Civil Veterinary Department. Madras. Admin. report 1926-33 - 1926-1933
Year: 1926
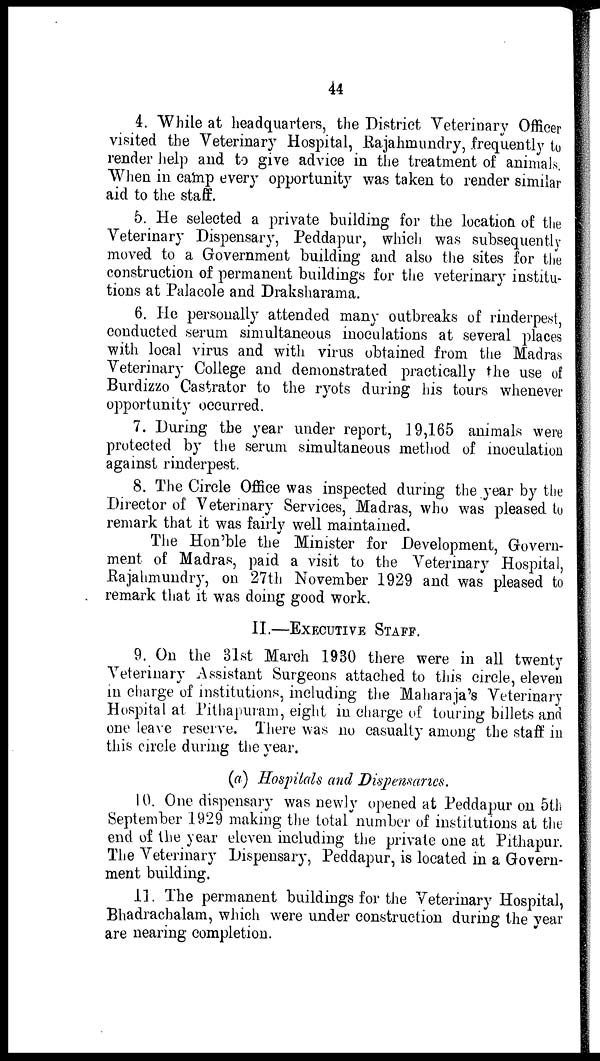
44
4. While at headquarters, the District Veterinary Officer
visited the Veterinary Hospital, Rajahmundry, frequently to
render help and to give advice in the treatment of animals.
When in camp every opportunity was taken to render similar
aid to the staff.
5. He selected a private building for the location of the
Veterinary Dispensary, Peddapur, which was subsequently
moved to a Government building and also the sites for the
construction of permanent buildings for the veterinary institu-
tions at Palacole and Draksharama.
6. He personally attended many outbreaks of rinderpest,
conducted serum simultaneous inoculations at several places
with local virus and with virus obtained from the Madras
Veterinary College and demonstrated practically the use of
Burdizzo Castrator to the ryots during his tours whenever
opportunity occurred.
7. During the year under report, 19,165 animals were
protected by the serum simultaneous method of inoculation
against rinderpest.
8. The Circle Office was inspected during the year by the
Director of Veterinary Services, Madras, who was pleased to
remark that it was fairly well maintained.
The Hon'ble the Minister for Development, Govern-
ment of Madras, paid a visit to the Veterinary Hospital,
Rajahmundry, on 27th November 1929 and was pleased to
remark that it was doing good work.
II.—EXECUTIVE STAFF.
9. On the 31st March 1930 there were in all twenty
Veterinary Assistant Surgeons attached to this circle, eleven
in charge of institutions, including the Maharaja's Veterinary
Hospital at Pithapuram, eight in charge of touring billets and
one leave reserve. There was no casualty among the staff in
this circle during the year.
(a) Hospitals and Dispensaries.
10. One dispensary was newly opened at Peddapur on 5th
September 1929 making the total number of institutions at the
end of the year eleven including the private one at Pithapur.
The Veterinary Dispensary, Peddapur, is located in a Govern-
ment building.
11. The permanent buildings for the Veterinary Hospital,
Bhadrachalam, which were under construction during the year
are nearing completion.